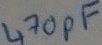
Text: 470pF